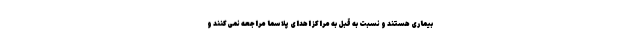
بیماری هستند و نسبت به قبل به مراکز اهدای پلاسما مراجعه نمی‌کنند و